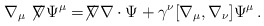
\begin{align*} \nabla_\mu \not\!\nabla \Psi^\mu = \not\!\nabla \nabla \cdot \Psi + \gamma^\nu [ \nabla_\mu,\nabla_\nu] \Psi^\mu\,.\end{align*}